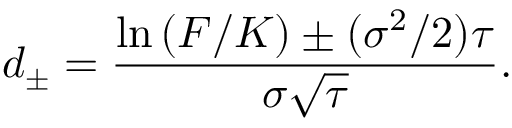
d _ { \pm } = { \frac { \ln \left( F / K \right) \pm ( \sigma ^ { 2 } / 2 ) \tau } { \sigma { \sqrt { \tau } } } } .